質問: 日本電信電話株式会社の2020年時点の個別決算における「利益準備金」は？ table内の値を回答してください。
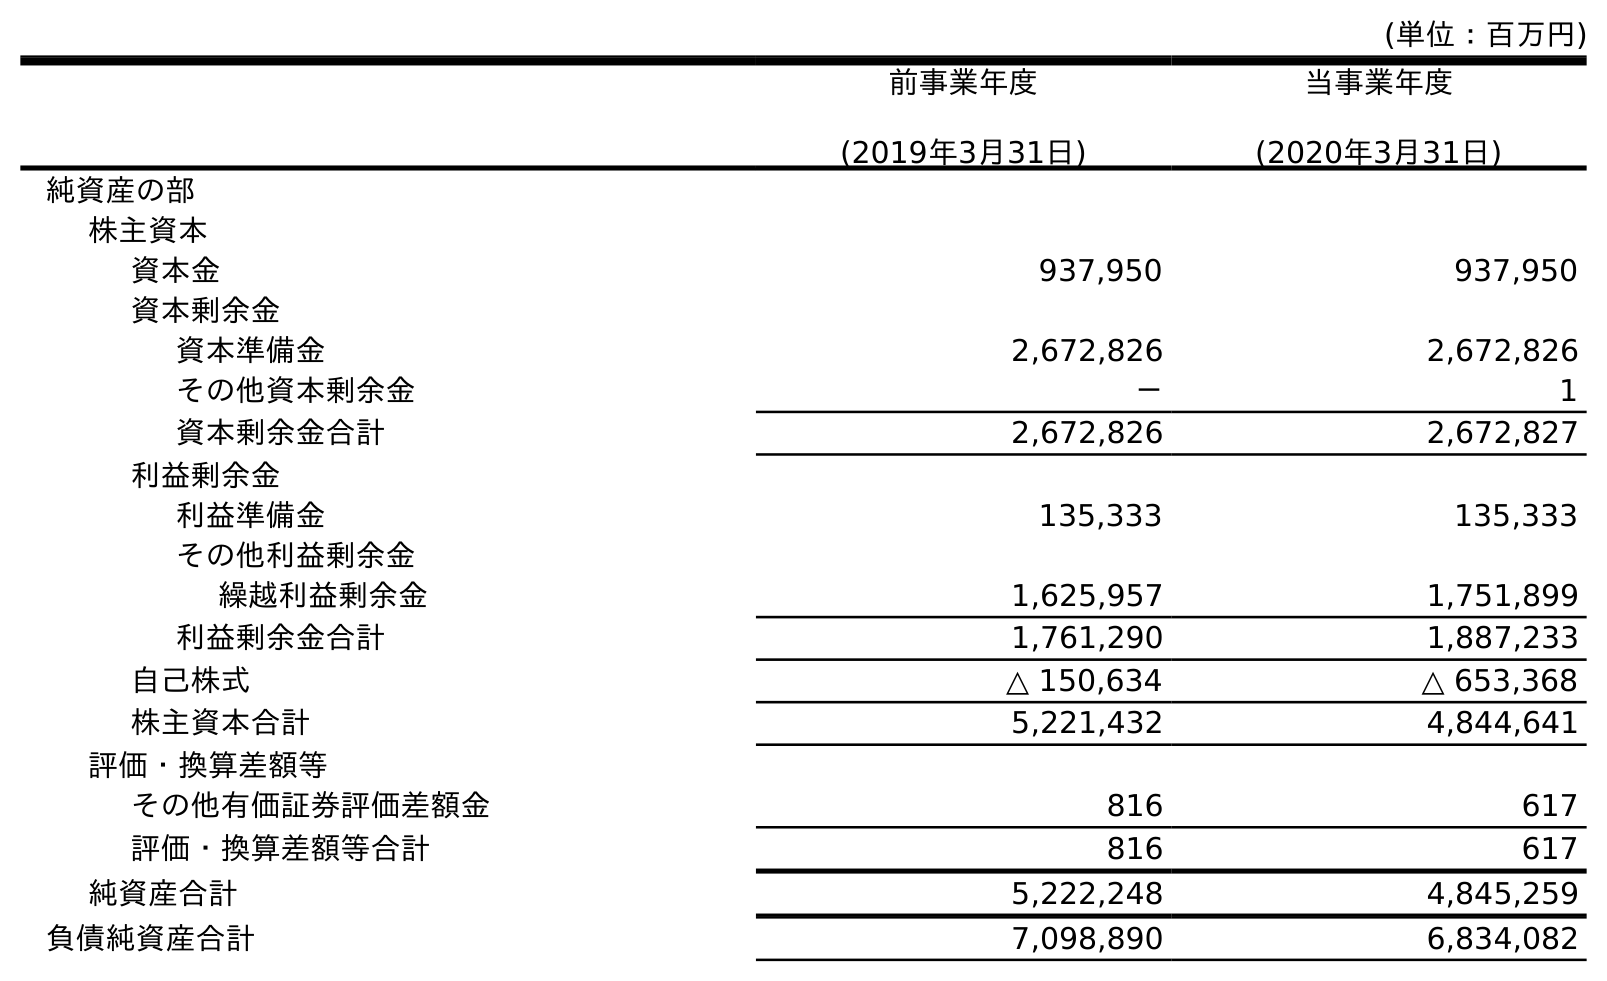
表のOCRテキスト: (単位：百万円) 前事業年度 (2019年3月31日) 当事業年度 (2020年3月31日) 純資産の部 株主資本 資本金 937,950 937,950 資本剰余金 資本準備金 2,672,826 2,672,826 その他資本剰余金 － 1 資本剰余金合計 2,672,826 2,672,827 利益剰余金 利益準備金 135,333 135,333 その他利益剰余金 繰越利益剰余金 1,625,957 1,751,899 利益剰余金合計 1,761,290 1,887,233 自己株式 △ 150,634 △ 653,368 株主資本合計 5,221,432 4,844,641 評価・換算差額等 その他有価証券評価差額金 816 617 評価・換算差額等合計 816 617 純資産合計 5,222,248 4,845,259 負債純資産合計 7,098,890 6,834,082
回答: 135,333